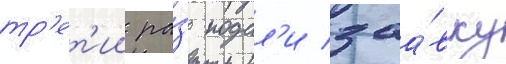
тр'ет'ии ра́з подал'и заа́вку